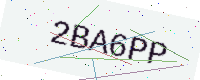
Text: 2BA6PP